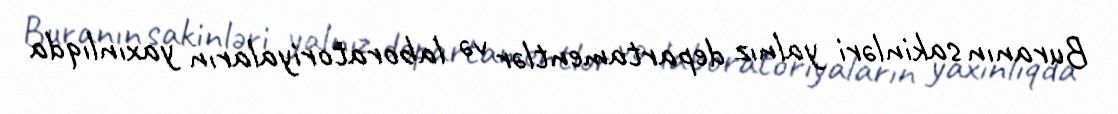
Buranın sakinləri yalnız departamentlər və laboratoriyaların yaxınlıqda